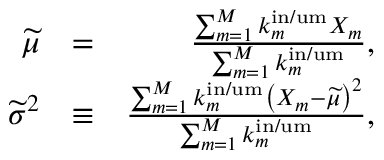
\begin{array} { r l r } { \widetilde { \mu } } & { = } & { \frac { \sum _ { m = 1 } ^ { M } k _ { m } ^ { \mathrm { i n / u m } } X _ { m } } { \sum _ { m = 1 } ^ { M } k _ { m } ^ { \mathrm { i n / u m } } } , } \\ { \widetilde { \sigma } ^ { 2 } } & { \equiv } & { \frac { \sum _ { m = 1 } ^ { M } k _ { m } ^ { \mathrm { i n / u m } } \left( X _ { m } - \widetilde { \mu } \right) ^ { 2 } } { \sum _ { m = 1 } ^ { M } k _ { m } ^ { \mathrm { i n / u m } } } , } \end{array}